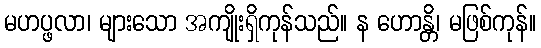
မဟပ္ဖလာ၊ များသော အကျိုးရှိကုန်သည်။ န ဟောန္တိ၊ မဖြစ်ကုန်။